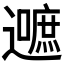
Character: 𮟛